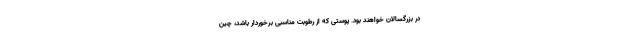
در بزرگسالان خواهند بود. پوستی که از رطوبت مناسبی برخوردار باشد، چین